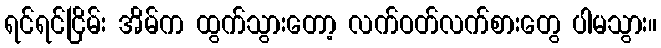
ရင်ရင်ငြိမ်း အိမ်က ထွက်သွားတော့ လက်ဝတ်လက်စားတွေ ပါမသွား။